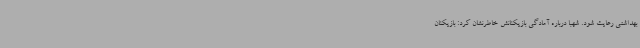
بهداشتی رعایت شود. شهبا درباره آمادگی بازیکنانش خاطرنشان کرد: بازیکنان